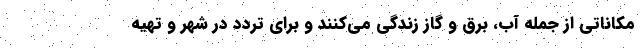
مکاناتی از جمله آب، برق و گاز زندگی می‌کنند و برای تردد در شهر و تهیه